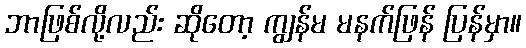
ဘာဖြစ်လို့လည်း ဆိုတော့ ကျွန်မ မနက်ဖြန် ပြန်မှာ။